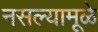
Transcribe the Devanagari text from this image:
नसल्यामूळे